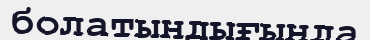
болатындығында